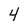
Character: 4